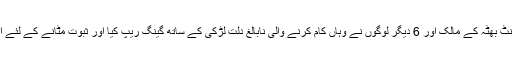
الزام ہے کہ ایک اینٹ بھٹہ کے مالک اور 6 دیگر لوگوں نے وہاں کام کرنے والی نابالغ دلت لڑکی کے ساتھ گینگ ریپ کیا اور ثبوت مٹانے کے لئے اس کو زندہ جلا دیا۔